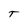
Character: T